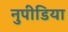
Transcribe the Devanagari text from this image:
नुपीडिया